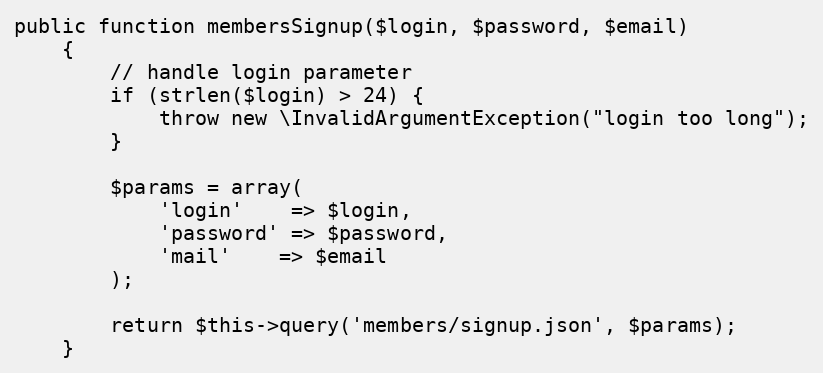
Language: PHP
public function membersSignup($login, $password, $email)
    {
        // handle login parameter
        if (strlen($login) > 24) {
            throw new \InvalidArgumentException("login too long");
        }

        $params = array(
            'login'    => $login,
            'password' => $password,
            'mail'    => $email
        );

        return $this->query('members/signup.json', $params);
    }